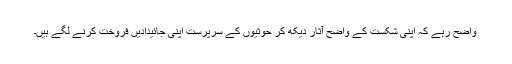
واضح رہے کہ اپنی شکست کے واضح آثار دیکھ کر حوثیوں کے سرپرست اپنی جائیدادیں فروخت کرنے لگے ہیں۔